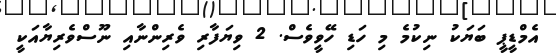
އެމްޑީޕީ ބަޔަކު ނިކުމެ މި ހަޑި ހޭވީވެސް. 2 ވިޔަފާރި ވެރިންނާއި ނޫސްވެރިޔާއަކީ